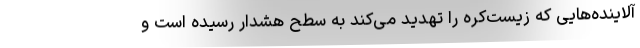
آلاینده‌هایی که زیست‌کره را تهدید می‌کند به سطح هشدار رسیده است و